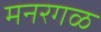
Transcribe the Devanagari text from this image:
मनरगळ